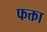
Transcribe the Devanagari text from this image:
फक्ता